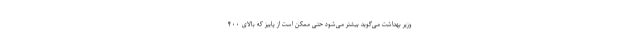
وزیر بهداشت می‌گوید بیشتر می‌شود حتی ممکن است از پاییز که بالای ۴۰۰